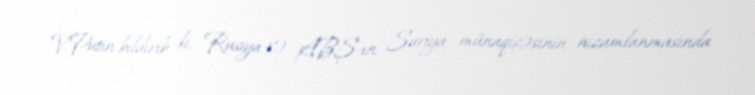
V.Putin bildirib ki, Rusiya və ABŞ-ın Suriya münaqişəsinin nizamlanmasında